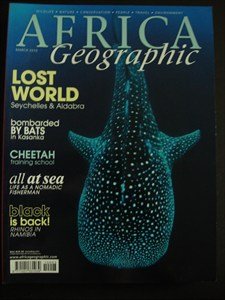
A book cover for AFRICA Geographic - March 2010 - Seychelles - Aldabra - Kasanka - Bats - Cheetah - Rhinos - Namibia - Wildlife - Nature - Conservation - People - Travel; Travel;